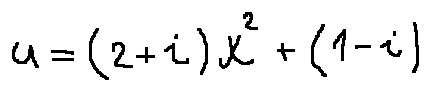
u = ( 2 + i ) x ^ { 2 } + ( 1 - i )